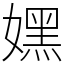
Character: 嫼